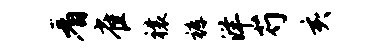
看雀禳裤洋芍亥